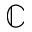
\mathbb { C }